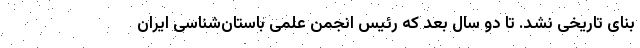
بنای تاریخی نشد. تا دو سال بعد که رئیس انجمن علمی باستان‌شناسی ایران